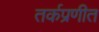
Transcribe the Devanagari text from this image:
तर्कप्रणीत